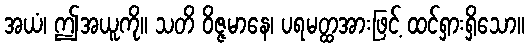
အယံ၊ ဤအယူကို။ သတိ ဝိဇ္ဇမာနေ၊ ပရမတ္ထအားဖြင့် ထင်ရှားရှိသော။